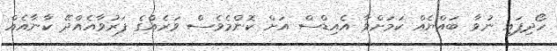
ހޯދިފައި ނުވާ ބައްޔެއް ކަމަށްވާ އެއިޑްސް އަށް ކޮންމެވެސް ވަރެއްގެ ފަރުވާއެއްދޭ ކާނާއެއް